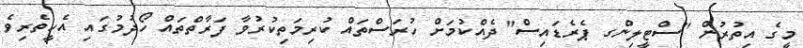
މީގެ އިތުރުން "ސްޓީލިންގ ޕެރެޑައިސް" ދެއްކުމަށް ހުރަސްތައް ކުރިމަތިކުރުވާ ފަރާތްތައް ހޯދުމުގައި އެހީތެރިވެ